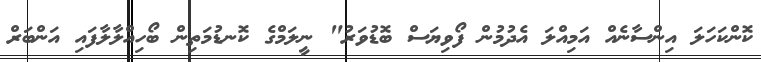
ކޮންކަހަލަ އިންސާނެއް އަމިއްލަ އެދުމުން ފޯވިޔަސް ބޮޑުވަރު" ނީލަމްގެ ކޮނޑުމަތިން ބޯހިއްލާލާފައި އަންބަރް